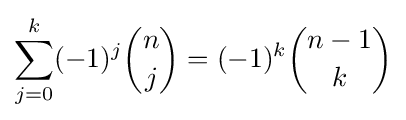
\sum _{j=0}^{k}(-1)^{j}{\binom {n}{j}}=(-1)^{k}{\binom {n-1}{k}}